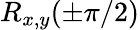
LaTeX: R_{x,y}(\pm\pi/2)